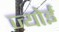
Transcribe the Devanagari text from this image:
ज्योई